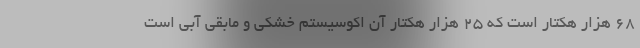
68 هزار هکتار است که 25 هزار هکتار آن اکوسیستم خشکی و مابقی آبی است